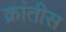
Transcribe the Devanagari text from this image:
क्रांतीस